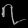
Digit: ၇